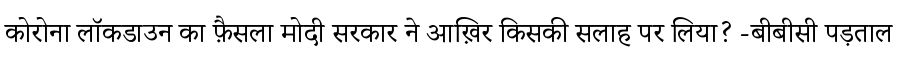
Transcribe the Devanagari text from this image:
कोरोना लॉकडाउन का फ़ैसला मोदी सरकार ने आख़िर किसकी सलाह पर लिया? -बीबीसी पड़ताल